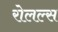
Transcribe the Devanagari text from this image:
रोलल्स